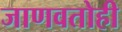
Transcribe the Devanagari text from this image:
जाणवतोही